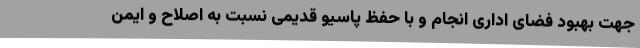
جهت بهبود فضای اداری انجام و با حفظ پاسیو قدیمی نسبت به اصلاح و ایمن